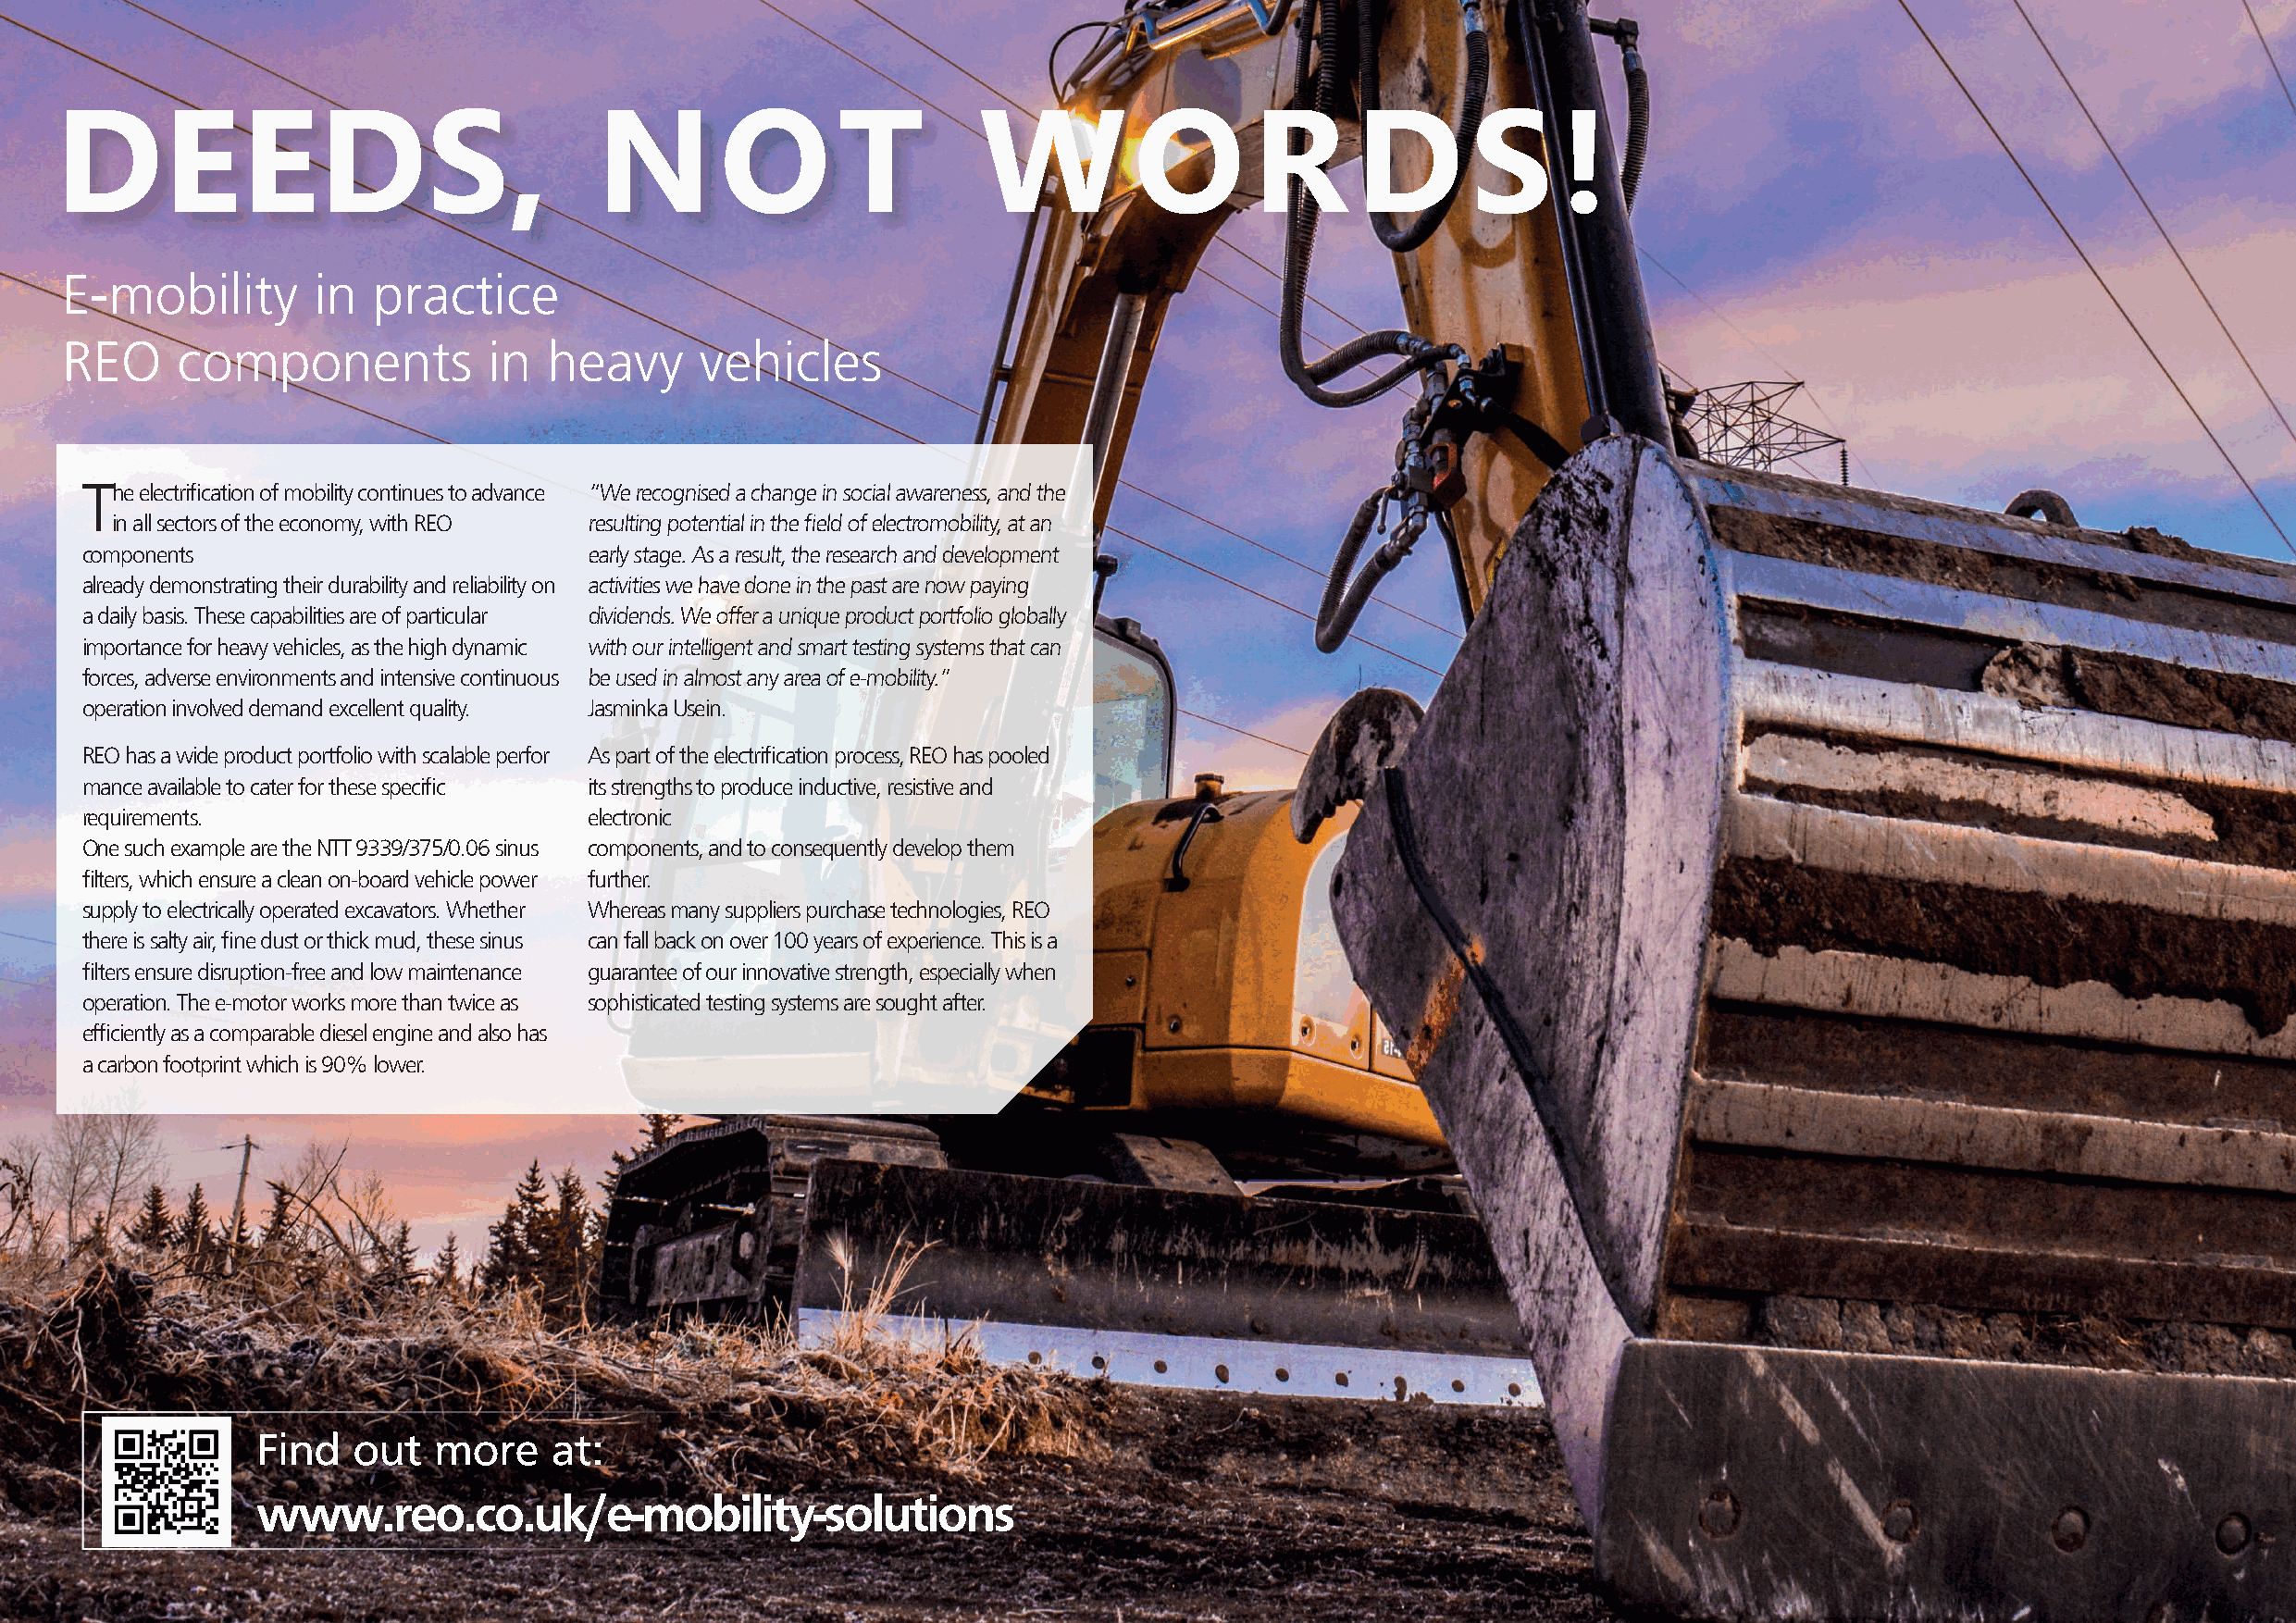
DEEDS,                                 N       O        T         W          O        R      D       S      !
 E-mobility        in   practice
 REO      components            in  heavy      vehicles
 The electrification of mobility continues to advance “We recognised a change in social awareness, and the
 in all sectors of the economy, with REO resulting potential in the field of electromobility, at an
 components                          early stage. As a result, the research and development
 already demonstrating their durability and reliability on activities we have done in the past are now paying
 a daily basis. These capabilities are of particular dividends. We offer a unique product portfolio globally
 importance for heavy vehicles, as the high dynamic with our intelligent and smart testing systems that can
 forces, adverse environments and intensive continuous be used in almost any area of e-mobility.”
 operation involved demand excellent quality. Jasminka Usein.
 REO has a wide product portfolio with scalable perfor As part of the electrification process, REO has pooled
 mance available to cater for these specific its strengths to produce inductive, resistive and
 requirements.                       electronic
 One such example are the NTT 9339/375/0.06 sinus components, and to consequently develop them
 filters, which ensure a clean on-board vehicle power further.
 supply to electrically operated excavators. Whether Whereas many suppliers purchase technologies, REO
 there is salty air, fine dust or thick mud, these sinus can fall back on over 100 years of experience. This is a
 filters ensure disruption-free and low maintenance guarantee of our innovative strength, especially when
 operation. The e-motor works more than twice as sophisticated testing systems are sought after.
 efficiently as a comparable diesel engine and also has
 a carbon footprint which is 90% lower.
 Find   out   more    at:
 www.reo.co.uk/e-mobility-solutions